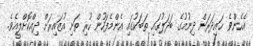
އެހެންވެ ޙައިދަރަށް ދިނުމުގެ ބަދަލުގައި ތަބަކުގައި އެންމެފަހުން ހުރި ތަށި އުޒައިރަށް ދިއްކޮށްލީއެވެ.